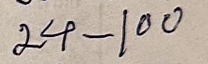
24 - 100